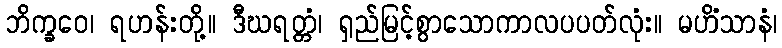
ဘိက္ခဝေ၊ ရဟန်းတို့။ ဒီဃရတ္တံ၊ ရှည်မြင့်စွာသောကာလပပတ်လုံး။ မဟိံသာနံ၊